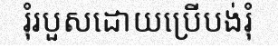
រុំរបួសដោយប្រើបង់រុំ